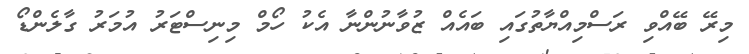
މިރޭ ބޭއްވި ރަސްމިއްޔާތުގައި ބައެއް ޒުވާނުންނާ އެކު ހޯމް މިނިސްޓަރު އުމަރު ގާލެންޑޯ